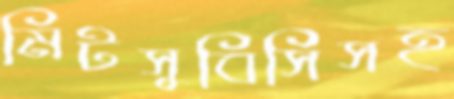
মিটসুবিসিসহ